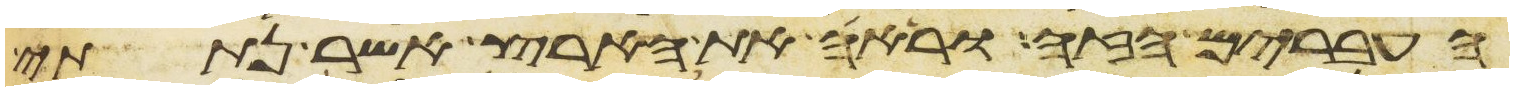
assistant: העברים הזה וראה את הארץ אשר נתתי